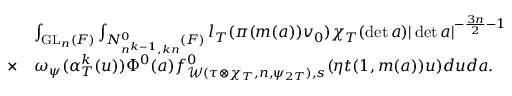
\begin{array} { r l } & { \int _ { \mathrm { G L } _ { n } ( F ) } \int _ { N _ { n ^ { k - 1 } , k n } ^ { 0 } ( F ) } l _ { T } ( \pi ( m ( a ) ) v _ { 0 } ) \chi _ { T } ( \operatorname* { d e t } a ) | \operatorname* { d e t } a | ^ { - \frac { 3 n } { 2 } - 1 } } \\ { \times } & { \omega _ { \psi } ( \alpha _ { T } ^ { k } ( u ) ) \Phi ^ { 0 } ( a ) f _ { \mathcal { W } ( \tau \otimes \chi _ { T } , n , \psi _ { 2 T } ) , s } ^ { 0 } ( \eta t ( 1 , m ( a ) ) u ) d u d a . } \end{array}